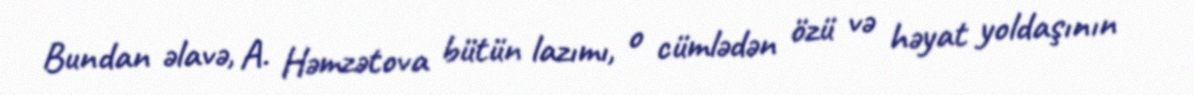
Bundan əlavə, A. Həmzətova bütün lazımı, o cümlədən özü və həyat yoldaşının